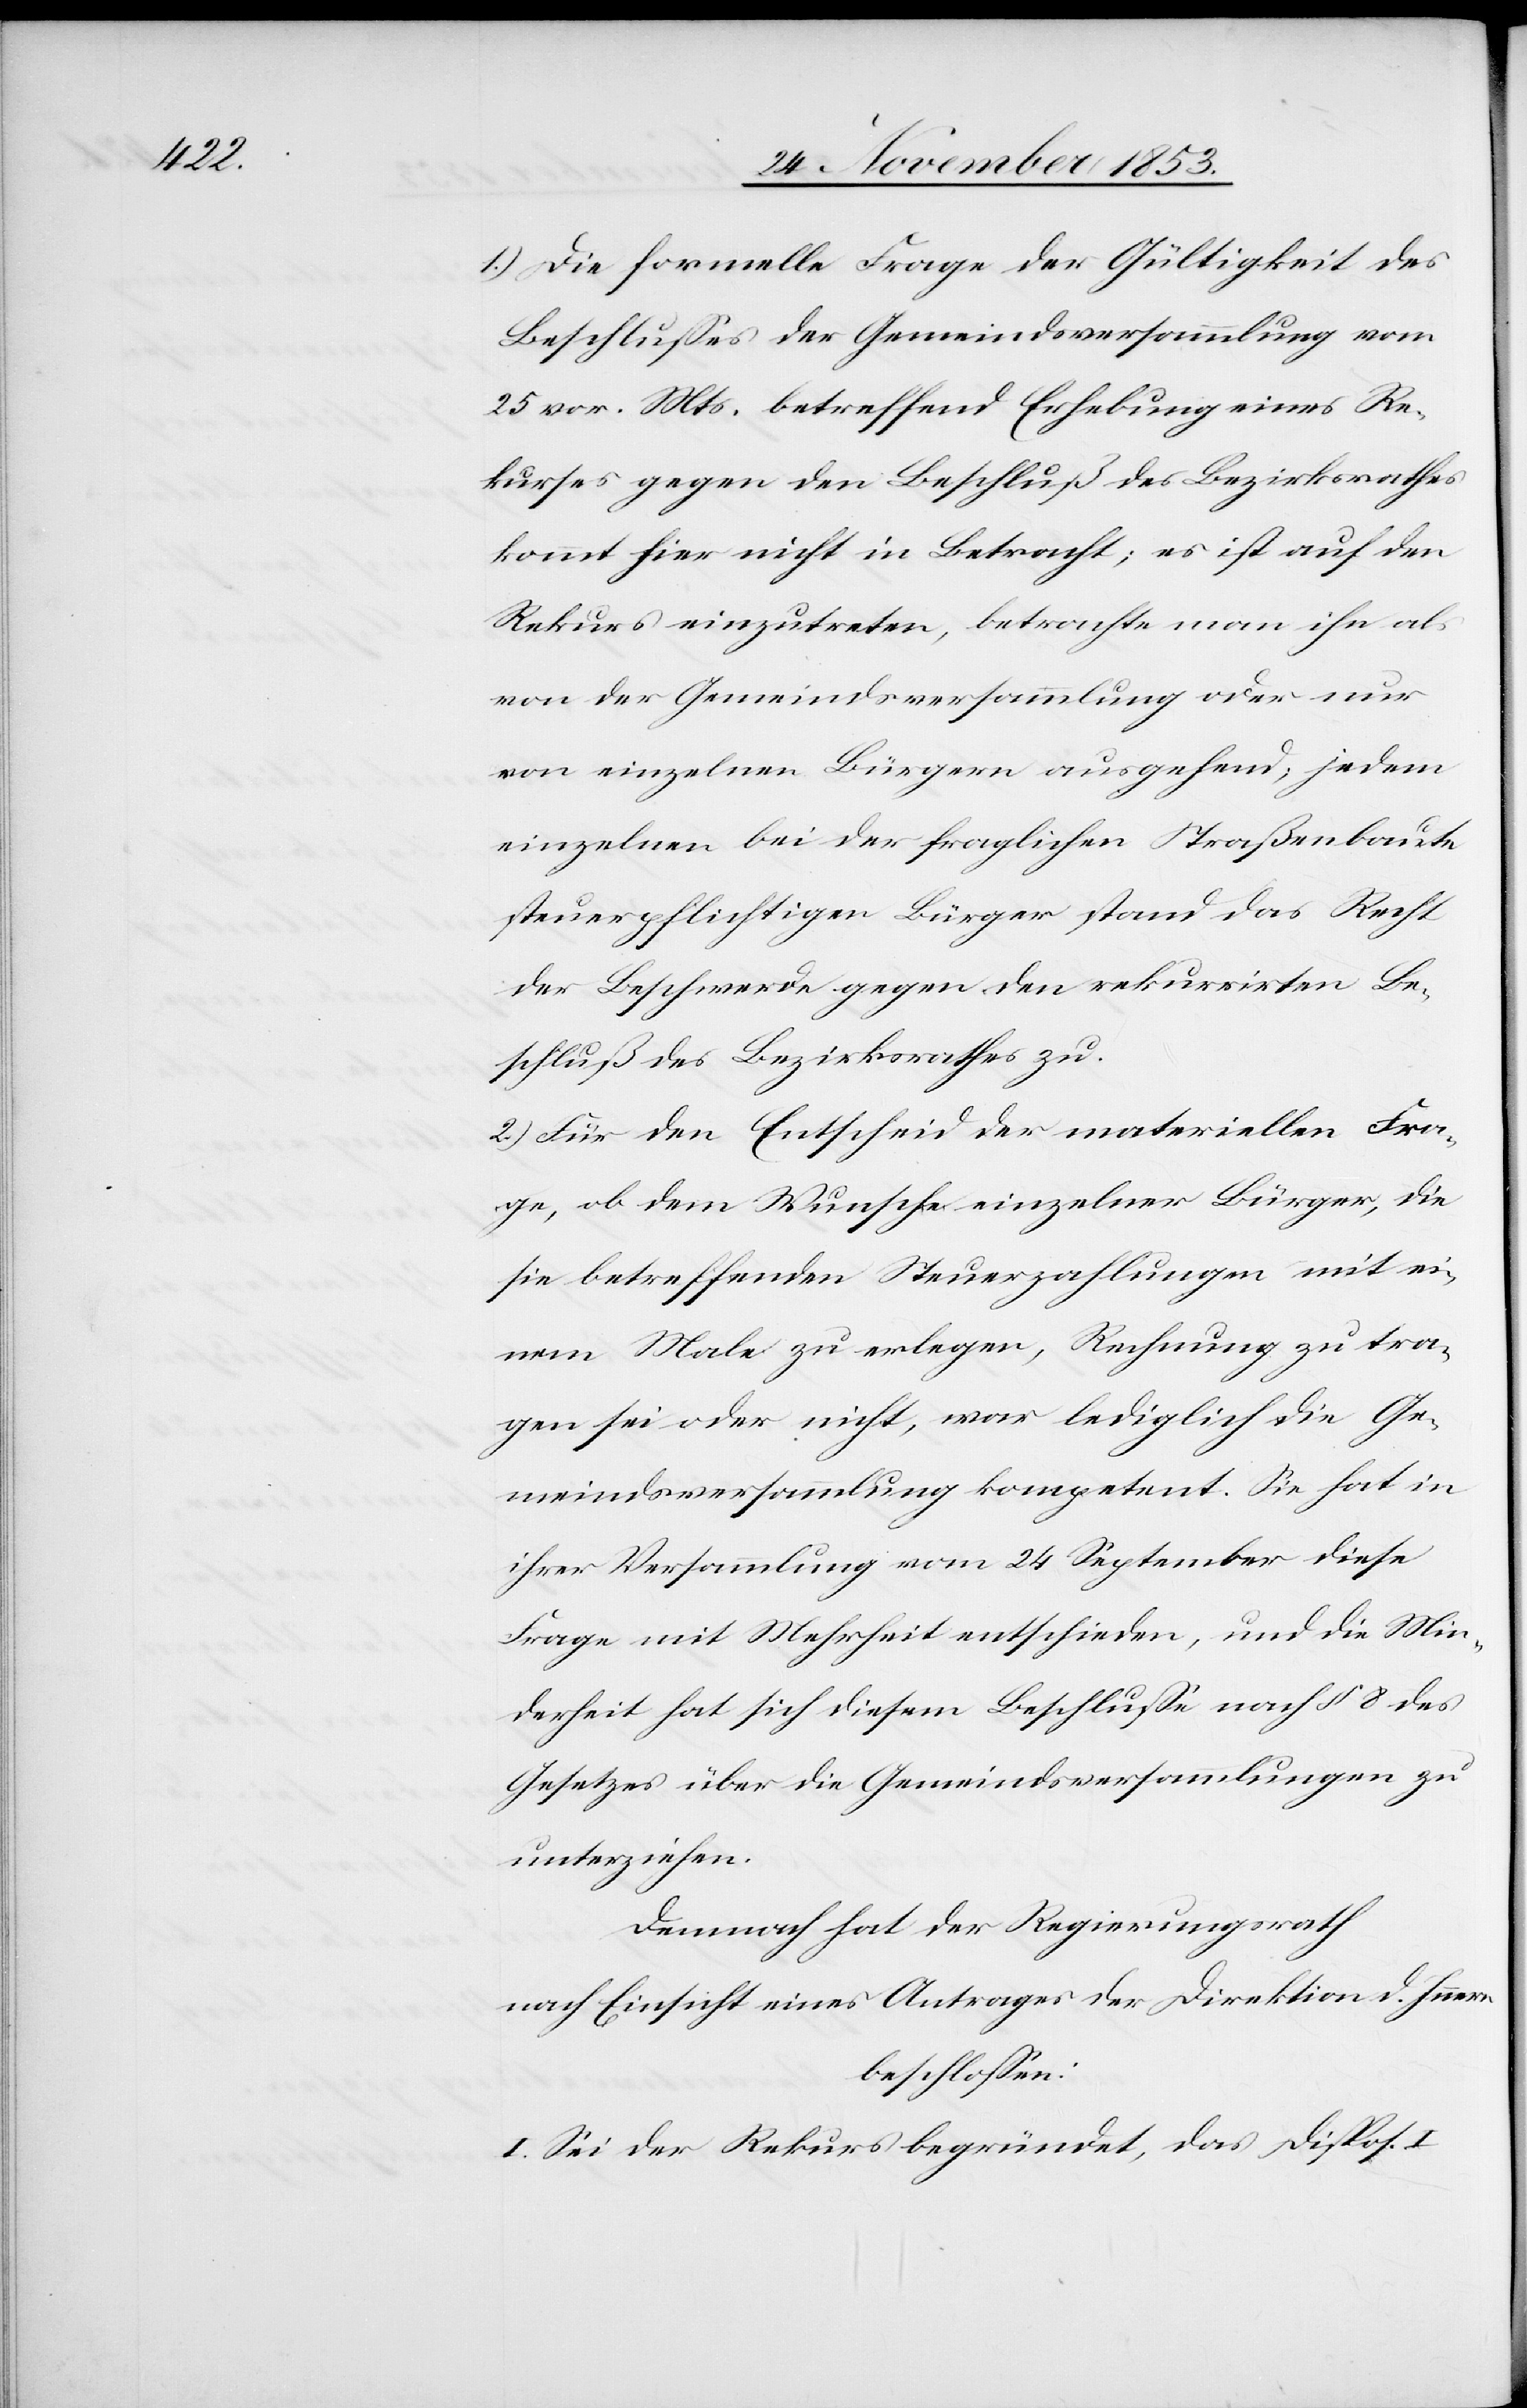
1.) Die formelle Frage der Gültigkeit des
Beschlußes der Gemeindsversammlung vom
25 vor. Mts. betreffend Erhebung eines Re¬
kurses gegen den Beschluß des Bezirksrathes
kommt hier nicht in Betracht; es ist auf den
Rekurs einzutreten, betrachte man ihn als
von der Gemeindsversammlung oder nur
von einzelnen Bürgern ausgehend, jedem
einzelnen bei der fraglichen Straßenbaute
steuerpflichtigen Bürger stand das Recht
der Beschwerde gegen den rekurrirten Be¬
schluß des Bezirksrathes zu.
2) Für den Entscheid der materiellen Fra¬
ge, ob dem Wunsche einzelner Bürger, die
sie betreffenden Steuerzahlungen mit ei¬
nem Male zu erlegen, Rechnung zu tra¬
gen sei oder nicht, war lediglich die Ge¬
meindsversammlung kompetent. Sie hat in
ihrer Versammlung vom 24 September diese
Frage mit Mehrheit entschieden, und die Min¬
derheit hat sich diesem Beschluße nach § 8 des
Gesetzes über die Gemeindsversammlungen zu
unterziehen.
Demnach hat der Regierungsrath
nach Einsicht eines Antrages der Direktion d. Innern
beschloßen:
I. Sei der Rekurs begründet, das Disp. I